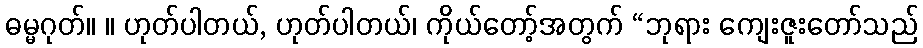
ဓမ္မဂုတ်။ ။ ဟုတ်ပါတယ်, ဟုတ်ပါတယ်၊ ကိုယ်တော့်အတွက် “ဘုရား ကျေးဇူးတော်သည်